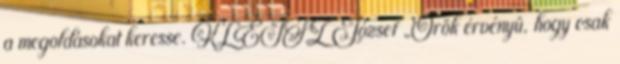
a megoldásokat keresse. KLEISZ József „Örök érvényû, hogy csak